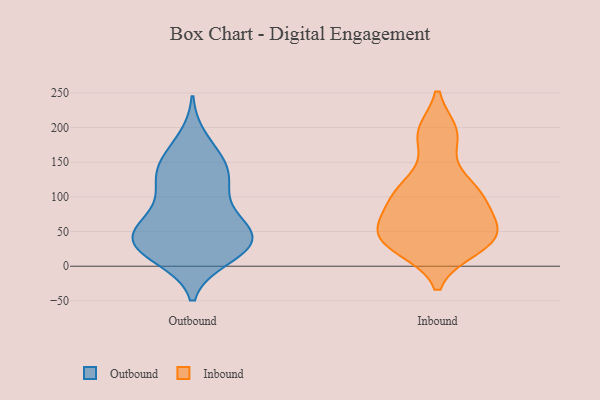
{"axis": {"x": "Active Users", "y": "Value"}, "legend": ["Inbound", "Outbound"], "data": [{"x": "", "y": 129, "type": "Outbound"}, {"x": "", "y": 16, "type": "Outbound"}, {"x": "", "y": 32, "type": "Outbound"}, {"x": "", "y": 54, "type": "Outbound"}, {"x": "", "y": 44, "type": "Outbound"}, {"x": "", "y": 119, "type": "Outbound"}, {"x": "", "y": 32, "type": "Outbound"}, {"x": "", "y": 95, "type": "Outbound"}, {"x": "", "y": 73, "type": "Outbound"}, {"x": "", "y": 46, "type": "Outbound"}, {"x": "", "y": 13, "type": "Outbound"}, {"x": "", "y": 148, "type": "Outbound"}, {"x": "", "y": 47, "type": "Outbound"}, {"x": "", "y": 158, "type": "Outbound"}, {"x": "", "y": 142, "type": "Outbound"}, {"x": "", "y": 119, "type": "Outbound"}, {"x": "", "y": 23, "type": "Outbound"}, {"x": "", "y": 29, "type": "Outbound"}, {"x": "", "y": 60, "type": "Outbound"}, {"x": "", "y": 183, "type": "Outbound"}, {"x": "", "y": 192, "type": "Inbound"}, {"x": "", "y": 48, "type": "Inbound"}, {"x": "", "y": 48, "type": "Inbound"}, {"x": "", "y": 98, "type": "Inbound"}, {"x": "", "y": 114, "type": "Inbound"}, {"x": "", "y": 101, "type": "Inbound"}, {"x": "", "y": 37, "type": "Inbound"}, {"x": "", "y": 30, "type": "Inbound"}, {"x": "", "y": 26, "type": "Inbound"}, {"x": "", "y": 189, "type": "Inbound"}, {"x": "", "y": 191, "type": "Inbound"}, {"x": "", "y": 31, "type": "Inbound"}, {"x": "", "y": 77, "type": "Inbound"}, {"x": "", "y": 46, "type": "Inbound"}, {"x": "", "y": 111, "type": "Inbound"}, {"x": "", "y": 52, "type": "Inbound"}, {"x": "", "y": 74, "type": "Inbound"}, {"x": "", "y": 118, "type": "Inbound"}]}